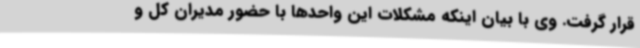
قرار گرفت. وی با بیان اینکه مشکلات این واحدها با حضور مدیران کل و